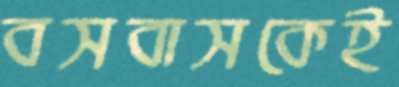
বসবাসকেই